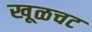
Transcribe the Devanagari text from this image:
खूळचट